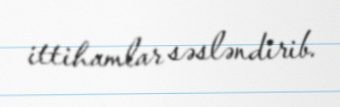
ittihamlar səsləndirib.